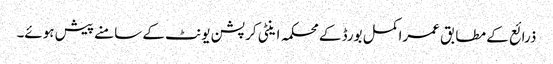
ذرائع کے مطابق عمراکمل بورڈ کے محکمہ اینٹی کرپشن یونٹ کے سامنے پیش ہوئے۔